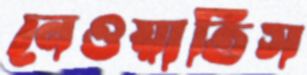
নেওয়াতিস